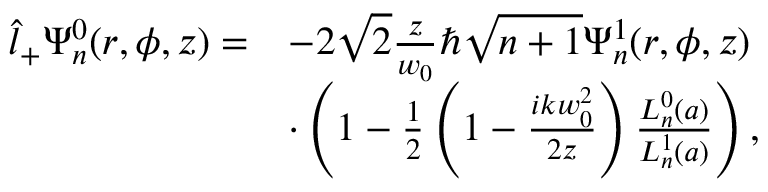
\begin{array} { r l } { \hat { l } _ { + } \Psi _ { n } ^ { 0 } ( r , \phi , z ) = } & { - 2 \sqrt { 2 } \frac { z } { w _ { 0 } } \hbar \sqrt { n + 1 } \Psi _ { n } ^ { 1 } ( r , \phi , z ) } \\ & { \cdot \left( 1 - \frac { 1 } { 2 } \left( 1 - \frac { i k w _ { 0 } ^ { 2 } } { 2 z } \right) \frac { L _ { n } ^ { 0 } ( a ) } { L _ { n } ^ { 1 } ( a ) } \right) , } \end{array}